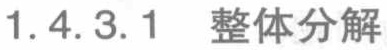
1.4.3.1 整体分解